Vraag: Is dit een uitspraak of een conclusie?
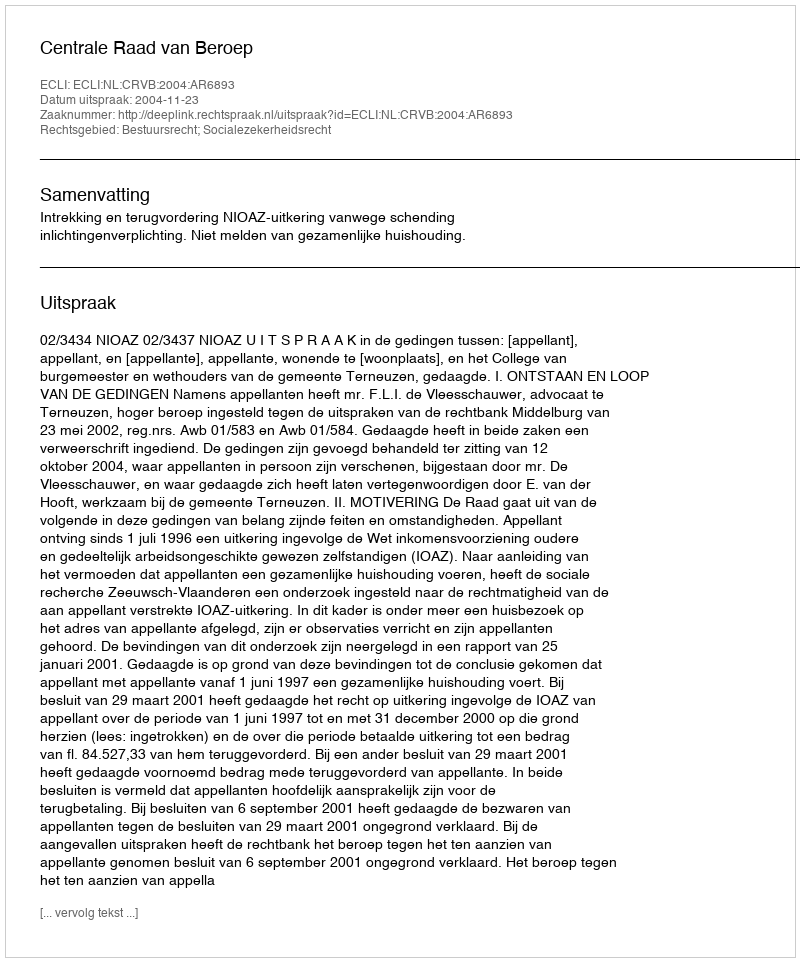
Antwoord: Uitspraak